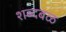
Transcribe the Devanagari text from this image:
शब्दबळ